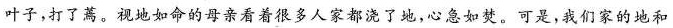
叶子，打了蔫。视地如命的母亲看着很多人家都浇了地，心急如焚。可是，我们家的地和